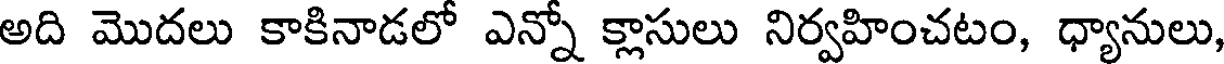
అది మొదలు కాకినాడలో ఎన్నో క్లాసులు నిర్వహించటం, ధ్యానులు,